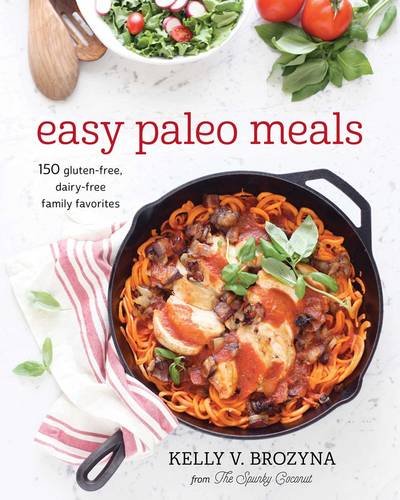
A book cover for Easy Paleo Meals: 150 Gluten-Free, Dairy-Free Family Favorites; Kelly V. Brozyna; Cookbooks, Food & Wine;